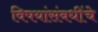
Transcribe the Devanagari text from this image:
विषयांसंबधींचे